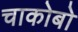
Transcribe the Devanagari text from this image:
चाकोबो